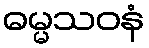
ဓမ္မသဝနံ